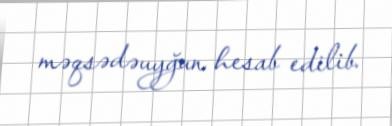
məqsədəuyğun hesab edilib.